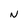
Character: N